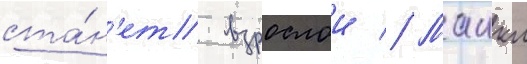
ста́н'ет взрослои // Маикл